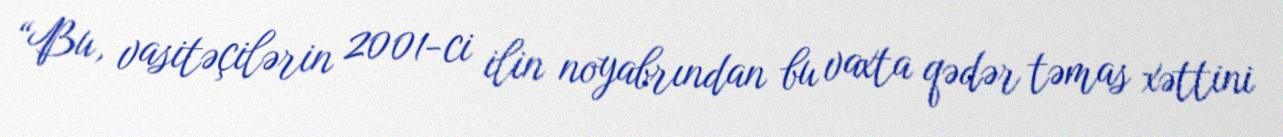
“Bu, vasitəçilərin 2001-ci ilin noyabrından bu vaxta qədər təmas xəttini